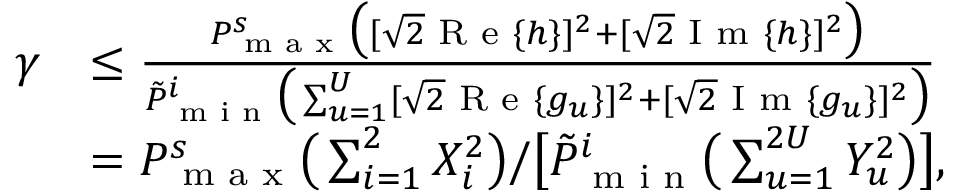
\begin{array} { r l } { \gamma } & { \leq \frac { P _ { \textnormal { m a x } } ^ { s } \big ( [ \sqrt { 2 } \textnormal { R e } \{ h \} ] ^ { 2 } + [ \sqrt { 2 } \textnormal { I m } \{ h \} ] ^ { 2 } \big ) } { \tilde { P } _ { \textnormal { m i n } } ^ { i } \big ( \sum _ { u = 1 } ^ { U } [ \sqrt { 2 } \textnormal { R e } \{ g _ { u } \} ] ^ { 2 } + [ \sqrt { 2 } \textnormal { I m } \{ g _ { u } \} ] ^ { 2 } \big ) } } \\ & { = P _ { \textnormal { m a x } } ^ { s } \big ( \sum _ { i = 1 } ^ { 2 } X _ { i } ^ { 2 } \big ) / \big [ \tilde { P } _ { \textnormal { m i n } } ^ { i } \big ( \sum _ { u = 1 } ^ { 2 U } Y _ { u } ^ { 2 } \big ) \big ] , } \end{array}